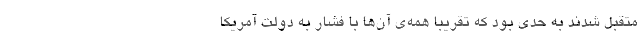
متقبل شدند به حدی بود که تقریبا همه‌ی آن‌ها با فشار به دولت آمریکا